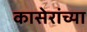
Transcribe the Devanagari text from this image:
कासेरांच्या